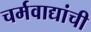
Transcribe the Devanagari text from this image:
चर्मवाद्यांची